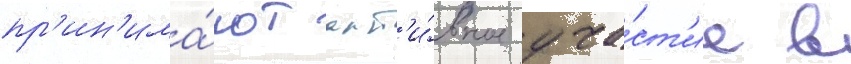
пр'ин'има́ют акт'и́вное уча́ст'ие в